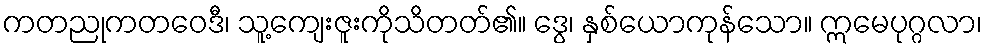
ကတညုကတဝေဒီ၊ သူ့ကျေးဇူးကိုသိတတ်၏။ ဒွေ၊ နှစ်ယောကုန်သော။ ဣမေပုဂ္ဂလာ၊